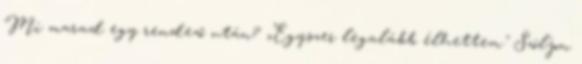
Mi marad egy rendező után? „Egyszer legalább élhettem." Szóljon